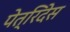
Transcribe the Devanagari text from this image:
पेत्रिदेस